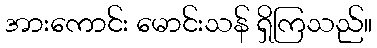
အားကောင်း မောင်းသန် ရှိကြသည်။